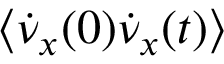
\left< \dot { \nu } _ { x } ( 0 ) \dot { \nu } _ { x } ( t ) \right>